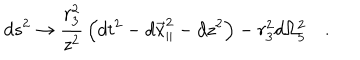
LaTeX: d s ^ { 2 } \rightarrow { \frac { r _ { 3 } ^ { 2 } } { z ^ { 2 } } } \left( d t ^ { 2 } - d { \vec { x } } _ { \parallel } ^ { 2 } - d z ^ { 2 } \right) - r _ { 3 } ^ { 2 } d \Omega _ { 5 } ^ { 2 } \quad .